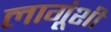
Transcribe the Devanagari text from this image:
लागूंशी